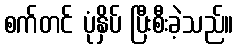
စက်တင် ပုံနှိပ် ပြီးစီးခဲ့သည်။